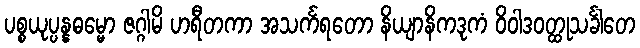
ပစ္စယုပ္ပန္နဓမ္မော ဇဂ္ဂါမိ ဟရီတကာ အသင်္ကရတော နိယျာနိကဒုကံ ဝိဝါဒဝတ္ထုသင်္ခါတေ